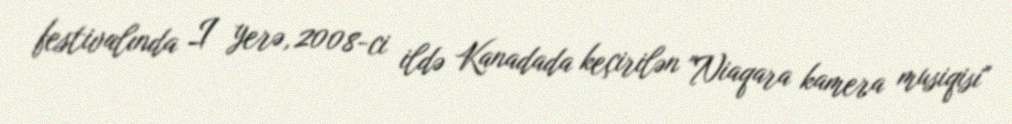
festivalında I yerə, 2008-ci ildə Kanadada keçirilən "Niaqara kamera musiqisi"